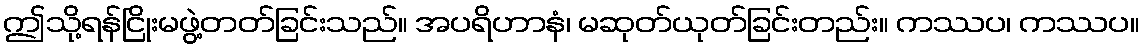
ဤသို့ရန်ငြိုးမဖွဲ့တတ်ခြင်းသည်။ အပရိဟာနံ၊ မဆုတ်ယုတ်ခြင်းတည်း။ ကဿပ၊ ကဿပ။